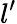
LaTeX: l^{\prime}